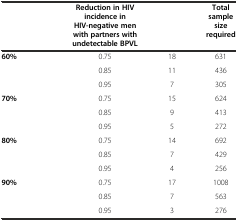
<table><thead><tr><td>[EMPTY_CELL]</td><td><b>Reduction in HIV incidence in HIV-negative men with partners with undetectable BPVL</b></td><td>[EMPTY_CELL]</td><td><b>Total sample size required</b></td></tr></thead><tbody><tr><td><b>60%</b></td><td>0.75</td><td>18</td><td>631</td></tr><tr><td>[EMPTY_CELL]</td><td>0.85</td><td>11</td><td>436</td></tr><tr><td>[EMPTY_CELL]</td><td>0.95</td><td>7</td><td>305</td></tr><tr><td><b>70%</b></td><td>0.75</td><td>15</td><td>624</td></tr><tr><td>[EMPTY_CELL]</td><td>0.85</td><td>9</td><td>413</td></tr><tr><td>[EMPTY_CELL]</td><td>0.95</td><td>5</td><td>272</td></tr><tr><td><b>80%</b></td><td>0.75</td><td>14</td><td>692</td></tr><tr><td>[EMPTY_CELL]</td><td>0.85</td><td>7</td><td>429</td></tr><tr><td>[EMPTY_CELL]</td><td>0.95</td><td>4</td><td>256</td></tr><tr><td><b>90%</b></td><td>0.75</td><td>17</td><td>1008</td></tr><tr><td>[EMPTY_CELL]</td><td>0.85</td><td>7</td><td>563</td></tr><tr><td>[EMPTY_CELL]</td><td>0.95</td><td>3</td><td>276</td></tr></tbody></table>